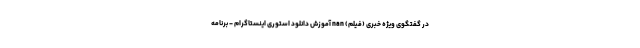
در گفتگوی ویژه خبری (فیلم) nan آموزش دانلود استوری اینستاگرام - برنامه